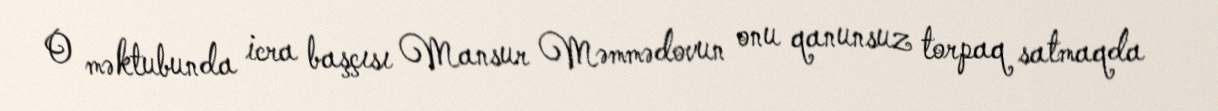
O məktubunda icra başçısı Mansur Məmmədovun onu qanunsuz torpaq satmaqda